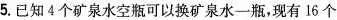
5.已知4个矿泉水空瓶可以换矿泉水一瓶，现有16个